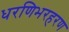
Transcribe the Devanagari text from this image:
धरणिभरहरण